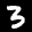
Label: 3